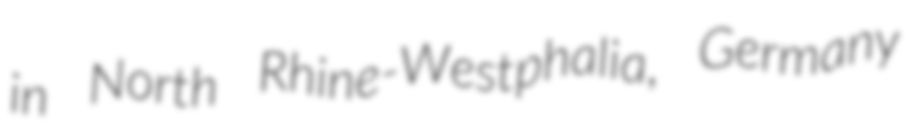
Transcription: in North Rhine-Westphalia, Germany